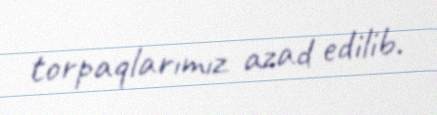
torpaqlarımız azad edilib.